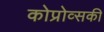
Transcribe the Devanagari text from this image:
कोप्रोव्सकी